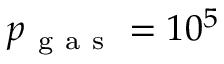
p _ { \mathrm { ~ g ~ a ~ s ~ } } = 1 0 ^ { 5 }